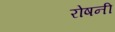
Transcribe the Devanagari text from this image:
रोषनी